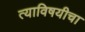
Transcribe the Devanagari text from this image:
त्याविषयीचा